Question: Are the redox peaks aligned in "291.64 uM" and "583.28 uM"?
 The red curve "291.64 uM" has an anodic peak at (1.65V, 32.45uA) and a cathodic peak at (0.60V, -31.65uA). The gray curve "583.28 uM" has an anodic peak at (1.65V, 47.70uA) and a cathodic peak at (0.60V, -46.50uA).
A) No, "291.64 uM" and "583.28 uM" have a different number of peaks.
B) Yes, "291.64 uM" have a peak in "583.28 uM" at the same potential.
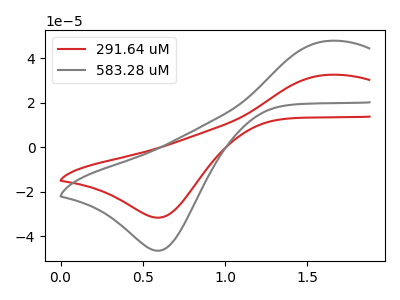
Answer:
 <answer>B) Yes, "291.64 uM" have a peak in "583.28 uM" at the same potential.</answer>
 <eval>B</eval>